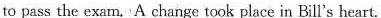
to pass the exam. A change took place in Bill's heart.